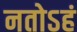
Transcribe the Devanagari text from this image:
नतोऽहं